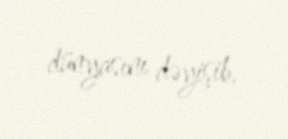
dünyasını dəyişib.